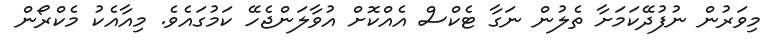
މިވަރުން ނުފުދޭކަމަށާ ތެލުން ނަގާ ޓެކްސް އެއްކޮށް އުވާލަންޖެހޭ ކަމުގައެވެ. މިއާއެކު މެކްރޯން